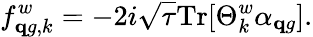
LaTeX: f_{{\mathbf qg,k}}^{w}=-2i\sqrt{\tau}\mathrm{Tr}[\Theta_{k}^{w}\alpha_{\mathbf{q}g}].